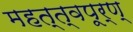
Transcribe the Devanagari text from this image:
महत्त्वपूर्ण्